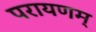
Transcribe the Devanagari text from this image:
परायणम्